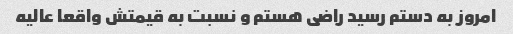
امروز به دستم رسید راضی هستم و نسبت به قیمتش واقعا عالیه